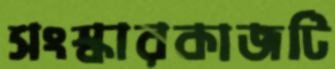
সংস্কারকাজটি